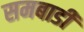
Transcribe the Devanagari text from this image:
समबाडी